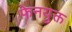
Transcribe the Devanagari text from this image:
फेनयुक्त